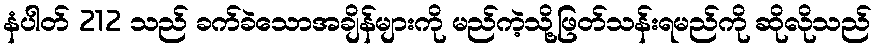
နံပါတ် 212 သည် ခက်ခဲသောအချိန်များကို မည်ကဲ့သို့ဖြတ်သန်းရမည်ကို ဆိုလိုသည်